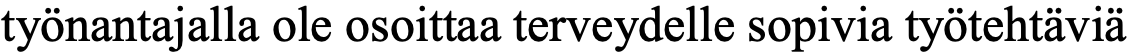
työnantajalla ole osoittaa terveydelle sopivia työtehtäviä